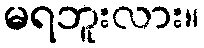
မရဘူးလား။